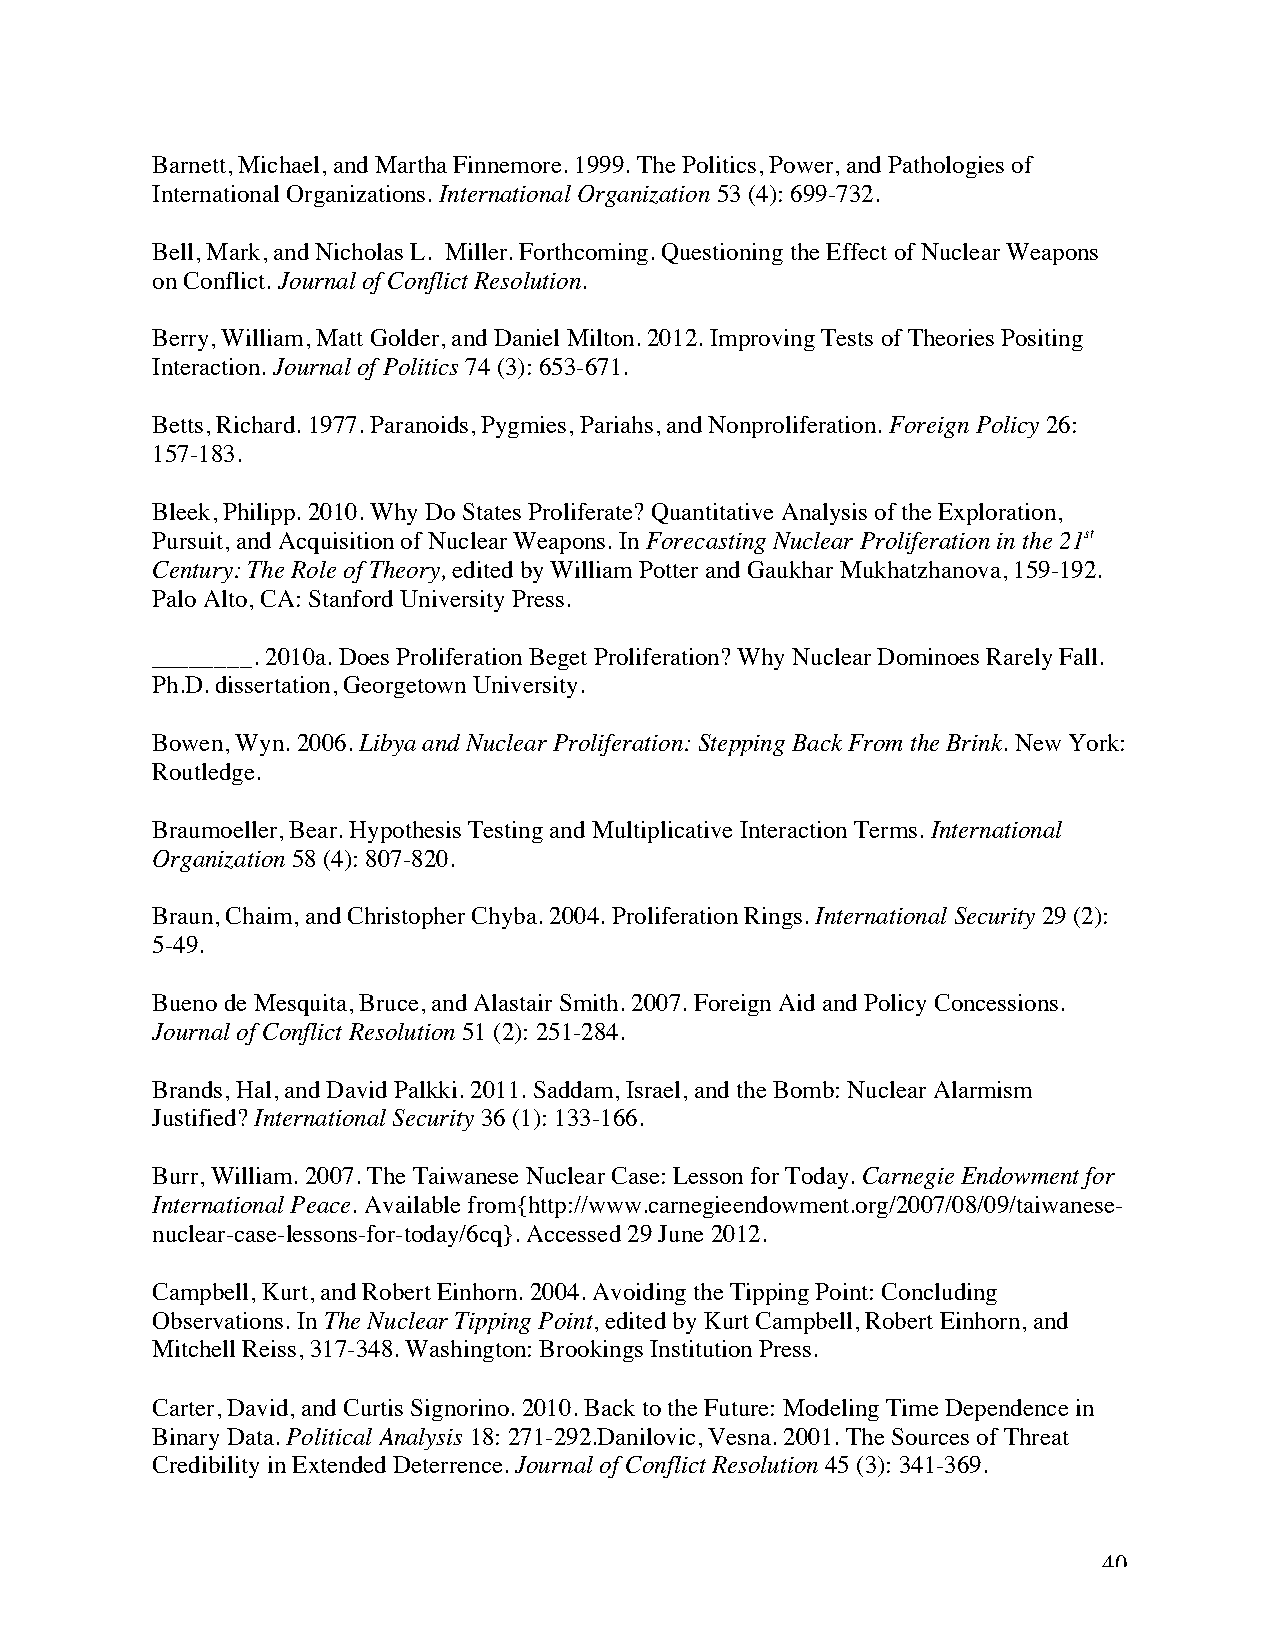
Barnett, Michael, and Martha Finnemore. 1999. The Politics, Power, and Pathologies of
 International Organizations. International Organization 53 (4): 699-732.
 Bell, Mark, and Nicholas L. Miller. Forthcoming. Questioning the Effect of Nuclear Weapons
 on Conflict. Journal of Conflict Resolution.
 Berry, William, Matt Golder, and Daniel Milton. 2012. Improving Tests of Theories Positing
 Interaction. Journal of Politics 74 (3): 653-671.
 Betts, Richard. 1977. Paranoids, Pygmies, Pariahs, and Nonproliferation. Foreign Policy 26:
 157-183.
 Bleek, Philipp. 2010. Why Do States Proliferate? Quantitative Analysis of the Exploration,
 Pursuit, and Acquisition of Nuclear Weapons. In Forecasting Nuclear Proliferation in the 21st
 Century: The Role of Theory, edited by William Potter and Gaukhar Mukhatzhanova, 159-192.
 Palo Alto, CA: Stanford University Press.
 ________. 2010a. Does Proliferation Beget Proliferation? Why Nuclear Dominoes Rarely Fall.
 Ph.D. dissertation, Georgetown University.
 Bowen, Wyn. 2006. Libya and Nuclear Proliferation: Stepping Back From the Brink. New York:
 Routledge.
 Braumoeller, Bear. Hypothesis Testing and Multiplicative Interaction Terms. International
 Organization 58 (4): 807-820.
 Braun, Chaim, and Christopher Chyba. 2004. Proliferation Rings. International Security 29 (2):
 5-49.
 Bueno de Mesquita, Bruce, and Alastair Smith. 2007. Foreign Aid and Policy Concessions.
 Journal of Conflict Resolution 51 (2): 251-284.
 Brands, Hal, and David Palkki. 2011. Saddam, Israel, and the Bomb: Nuclear Alarmism
 Justified? International Security 36 (1): 133-166.
 Burr, William. 2007. The Taiwanese Nuclear Case: Lesson for Today. Carnegie Endowment for
 International Peace. Available from{http://www.carnegieendowment.org/2007/08/09/taiwanese-
 nuclear-case-lessons-for-today/6cq}. Accessed 29 June 2012.
 Campbell, Kurt, and Robert Einhorn. 2004. Avoiding the Tipping Point: Concluding
 Observations. In The Nuclear Tipping Point, edited by Kurt Campbell, Robert Einhorn, and
 Mitchell Reiss, 317-348. Washington: Brookings Institution Press.
 Carter, David, and Curtis Signorino. 2010. Back to the Future: Modeling Time Dependence in
 Binary Data. Political Analysis 18: 271-292.Danilovic, Vesna. 2001. The Sources of Threat
 Credibility in Extended Deterrence. Journal of Conflict Resolution 45 (3): 341-369.
 40